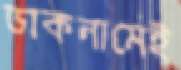
ডাকনামেই